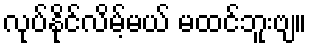
လုပ်နိုင်လိမ့်မယ် မထင်ဘူးဗျ။